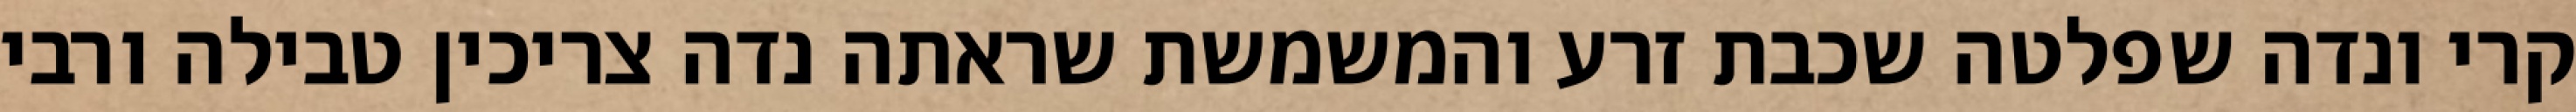
קרי ונדה שפלטה שכבת זרע והמשמשת שראתה נדה צריכין טבילה ורבי